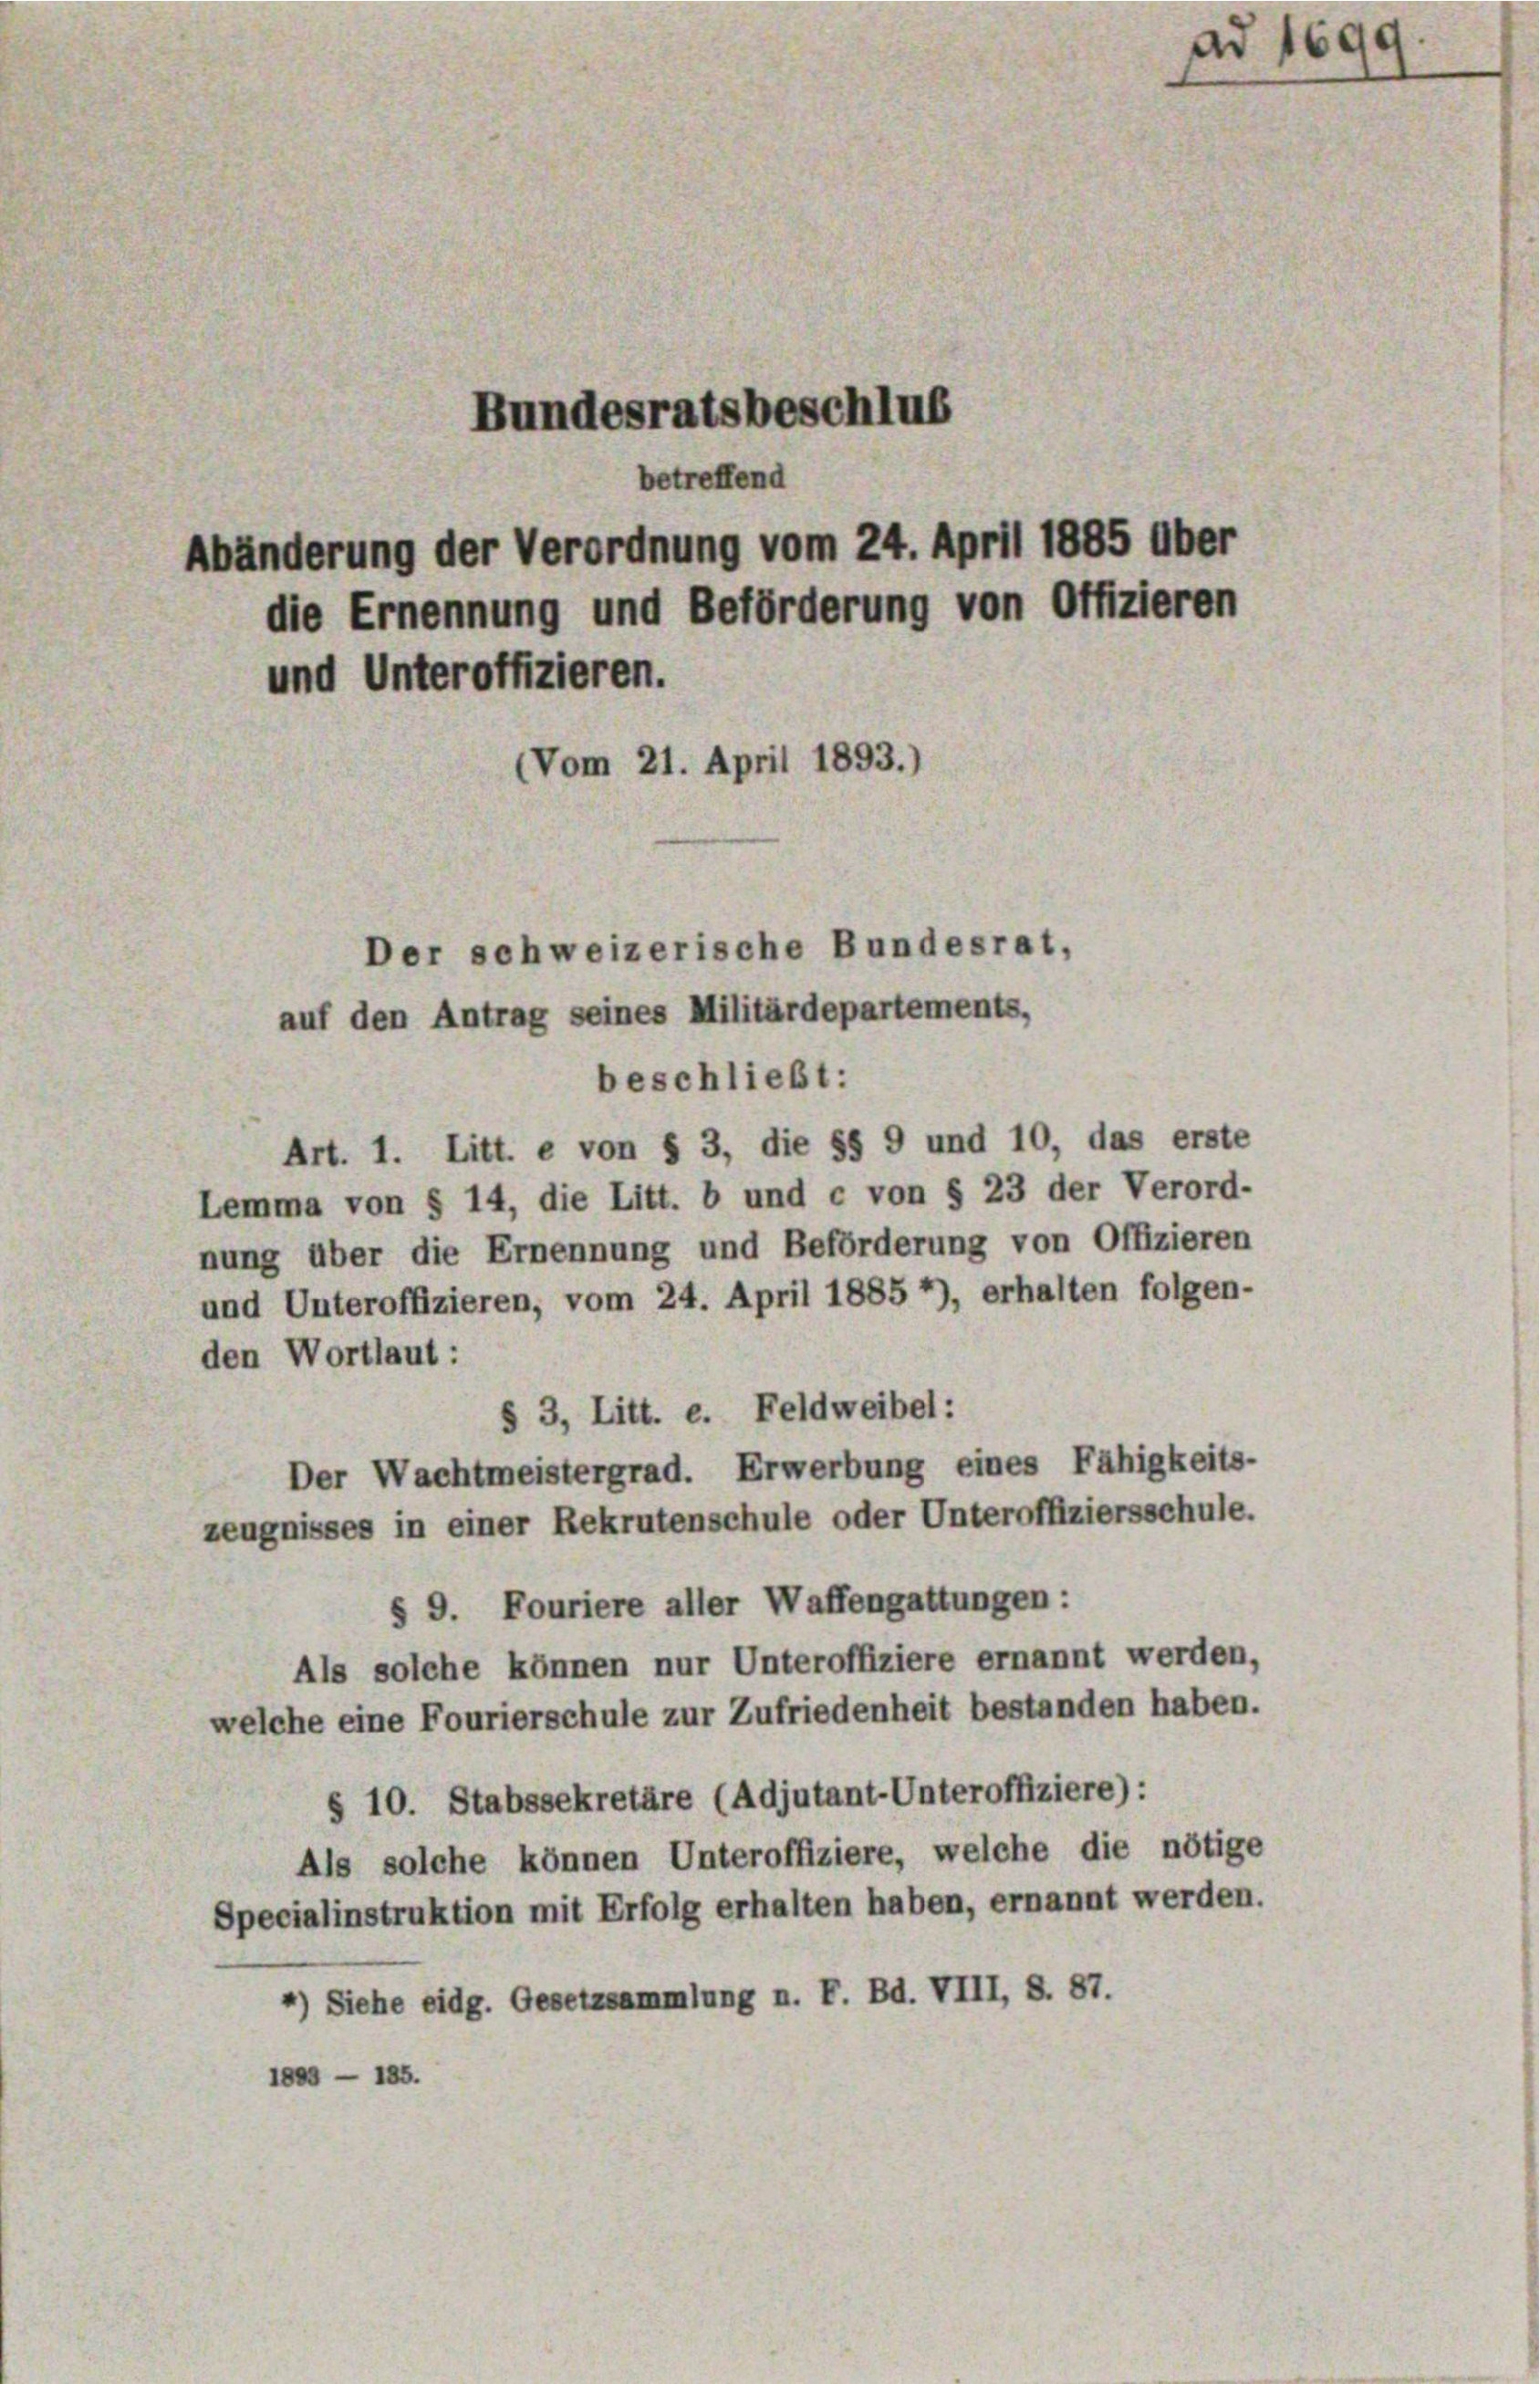
Bundesratsbeschlus
betreffend
Abänderung der Verordnung vom 24. April 1885 über
die Ernennung und Beförderung von Offizieren
und Unteroffizieren.
(Vom 21. April 1893.)
Der schweizerische Bundesrat,
auf den Antrag seines Militärdepartements,

Art. 1. Litt. e von § 3, die §§ 9 und 10, das erste
Lemma von § 14, die Litt. b und c von § 23 der Verord-
nung über die Ernennung und Beförderung von Offizieren
und Unteroffizieren, vom 24. April 18857), erhalten folgen-
den Wortlaut:
§ 3, Litt. e. Feldweibel:
Der Wachtmeistergrad. Erwerbung eines Fähigkeits-
zeugnisses in einer Rekrutenschule oder Unteroffiziersschule.
§ 9. Fouriere aller Waffengattungen:
Als solche können nur Unteroffiziere ernannt werden,
welche eine Fourierschule zur Zufriedenheit bestanden haben.
§ 10. Stabssekretäre (Adjutant-Unteroffiziere):
Als solche können Unteroffiziere, welche die nötige
Specialinstruktion mit Erfolg erhalten haben, ernannt werden.
*) Siehe eidg. Gesetzsammlung n. F. Bd. VIII, S. 87.
1889 - 185.

beschließt:

ad 1699